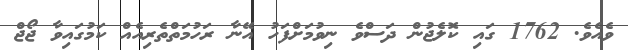
ވެއެވެ. 1762 ގައި ކޮލެޖުން ދަސްވެ ނިވުމަށްފަހު އޭނާ ރަހުމަތްތެރިއެއް ކަމުގައިވާ ޖޯޖް